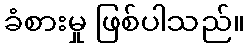
ခံစားမှု ဖြစ်ပါသည်။